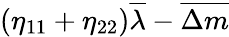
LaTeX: \left(\eta_{11}+\eta_{22}\right)\overline{{{\lambda}}}-\overline{{{\Delta m}}}